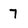
Character: 7